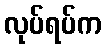
လုပ်ရပ်က